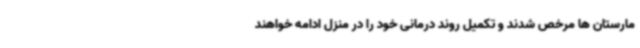
مارستان ها مرخص شدند و تکمیل روند درمانی خود را در منزل ادامه خواهند